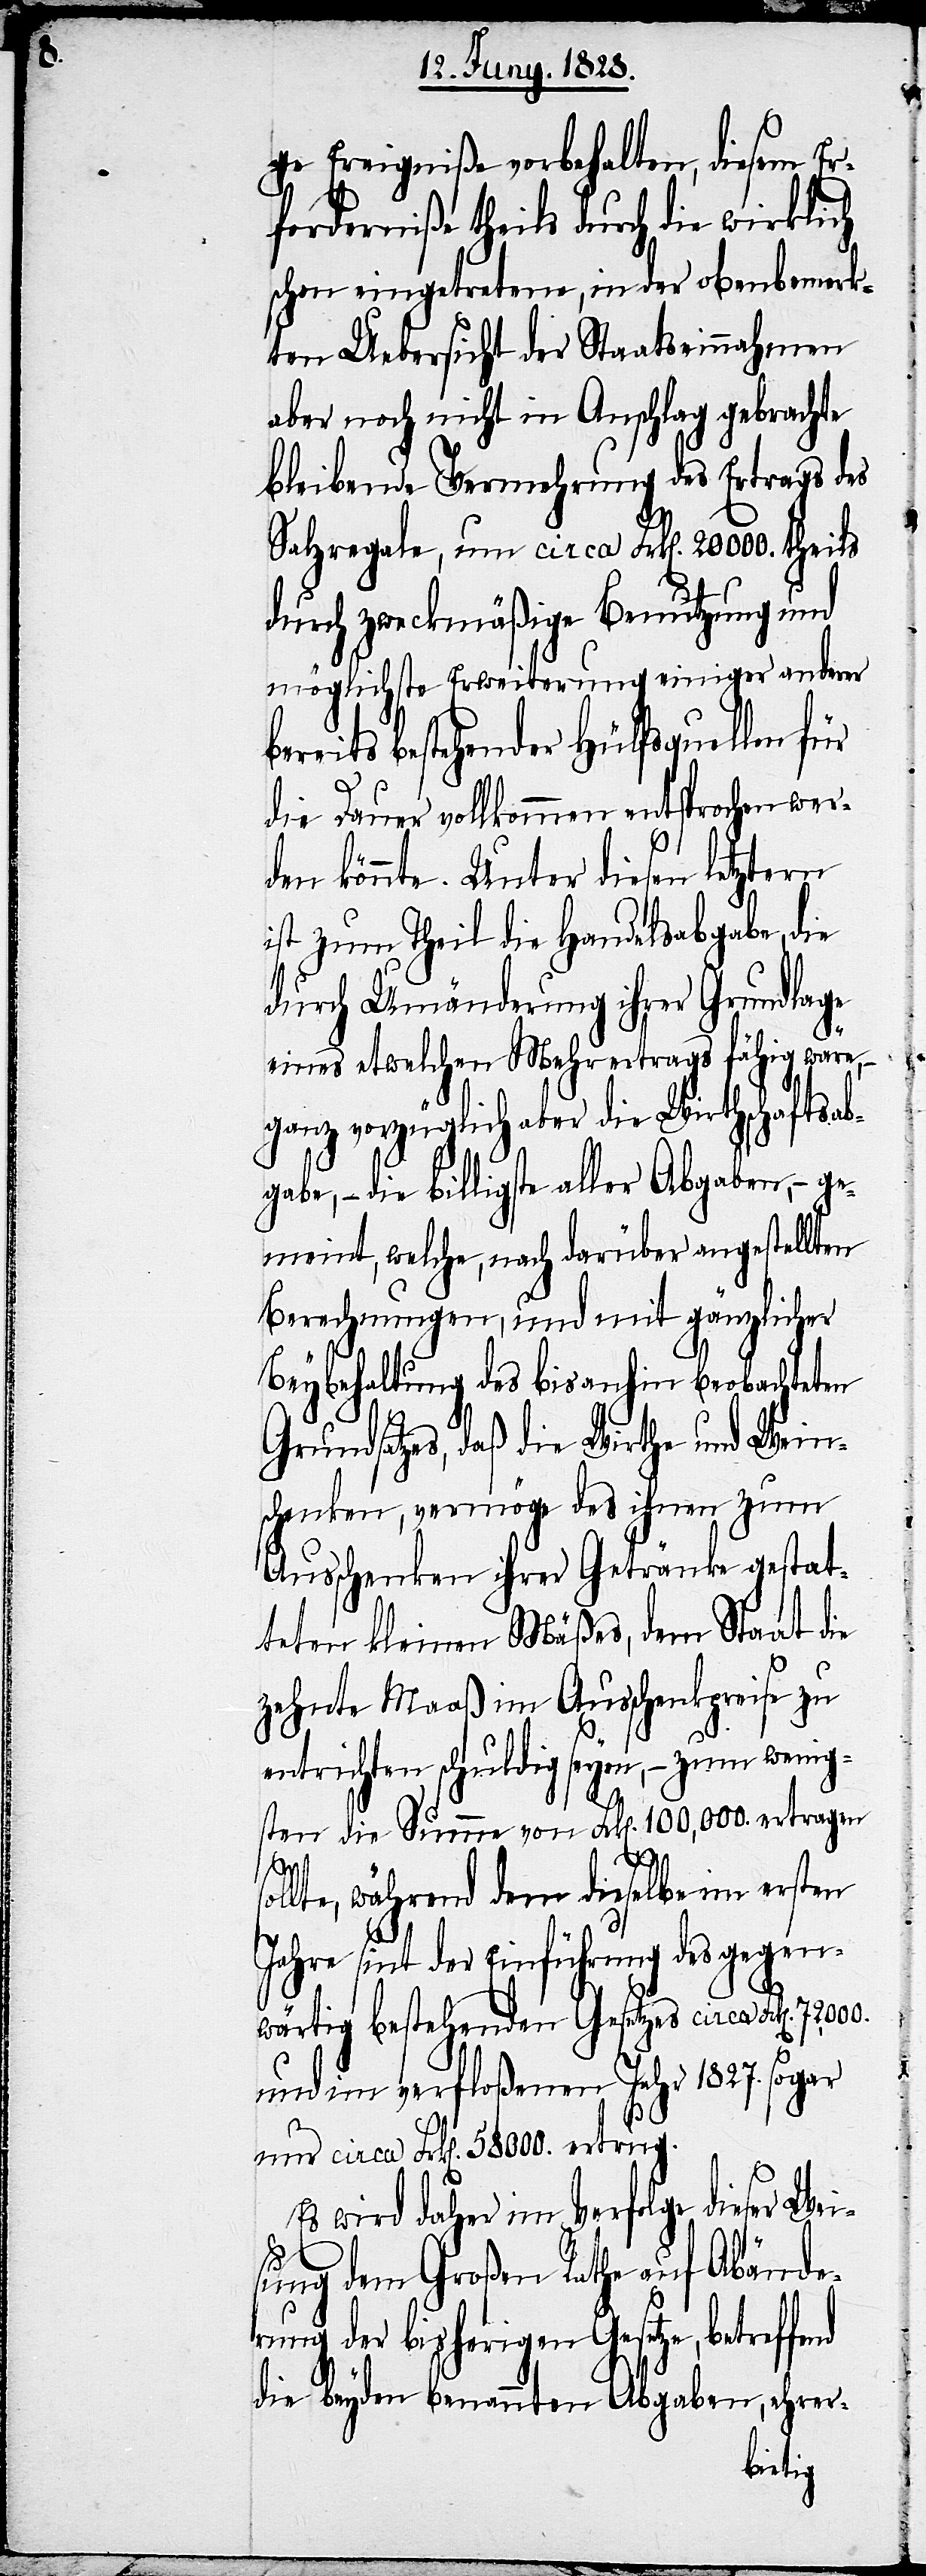
ge Ereigniße vorbehalten, diesem Er¬
forderniße theils durch die wirkliche
schon eingetretene, in der obenbemerk¬
ten Uebersicht der Staatseinnahmen
aber noch nicht in Anschlag gebrachte
bleibende Vermehrung des Ertrags des
Salzregale, um circa Frk[en]. 20 000.
durch zweckmäßige Benutzung und
möglichste Erweiterung einiger anderer
bereits bestehender Hülfsquellen für
so¬
die Dauer vollkommen entsprochen wer¬
den könnte. Unter diesen letztern
ist zum Theil die Handelsabgabe, die
durch Umänderung ihrer Grundlage
eines etwelchen Mehrertrags fähig wäre,
ganz vorzüglich aber die Wirthschaftsab¬
gabe, – die billigste aller Abgaben, – ge¬
meint, welche, nach darüber angestellter
Beybehaltung des bis anhin beobachteten
Grundsatzes, daß die Wirthe und Wein¬
schenke, vermöge des ihnen zum
Ausschenken ihrer Getränke gestat¬
teten kleinen Mäßes, dem Staat die
zehnte Maaß im Ausschenkpreise zu
entrichten schuldig seyen, – zum wenig¬
stens die Summe von Frk[en]. 100,000. ertragen
llte, während dem dieselbe im ersten
Jahre sint der Einführung des gegen¬
wärtig bestehenden Gesetzes circa Frk[en].
und im verfloßenen Jahr 1827. sogar
um circa Frk[en]. 58000. ertrug.
Es wird daher im Verfolge dieser Wei¬
sung dem Großen Rathe auf Abände¬
rung der bisherigen Gesetze, betreffend
die beyden benannten Abgaben, ehrer-